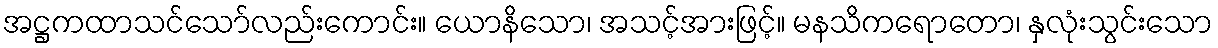
အဋ္ဌကထာသင်သော်လည်းကောင်း။ ယောနိသော၊ အသင့်အားဖြင့်။ မနသိကရောတော၊ နှလုံးသွင်းသော